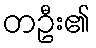
တဦး၏